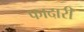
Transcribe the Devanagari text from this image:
फादारी